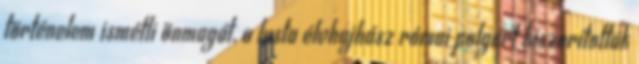
történelem ismétli önmagát, a lusta élvhajhász római polgárt kiszorították